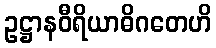
ဥဋ္ဌာနဝီရိယာဓိဂတေဟိ